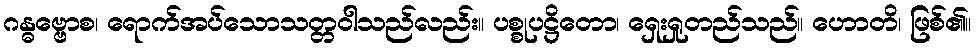
ဂန္ဓဗ္ဗောစ၊ ရောက်အပ်သောသတ္တဝါသည်လည်း။ ပစ္စုပဋ္ဌိတော၊ ရှေးရှုတည်သည်။ ဟောတိ၊ ဖြစ်၏။